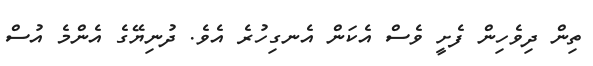
ތިން ދިވެހިން ފެށީ ވެސް އެކަން އެނގިހުރެ އެވެ. ދުނިޔޭގެ އެންމެ އުސް